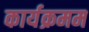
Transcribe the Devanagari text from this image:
कार्यक्रमम